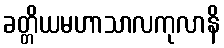
ခတ္တိယမဟာသာလကုလာနိ